system: You are a helpful assistant.
user:
Analyze the provided spectrum to determine if it is a **White Dwarf (WD)**.

A White Dwarf spectrum is defined by its **extreme purity** (due to gravitational settling) and/or **extreme pressure broadening** (due to high surface gravity). You must check for one of the following mutually exclusive signatures:

- **Key Visual Indicators (Check for ONE of these types):**

    - **1. DA-Type Signature (Most Common):**
        - **(Primary Feature):** Extreme pressure broadening (Stark broadening) of the **Hydrogen (H) Balmer lines**.
        - **(Key Lines):** $H\beta$ (approx. $4861$ Å) and $H\gamma$ (approx. $4340$ Å). $H\alpha$ (approx. $6563$ Å) will also be present if the wavelength range covers it.
        - **(Line Profile):** This is the **defining feature**. The lines are **NOT** sharp. They appear as massive, **extremely broad and deep "troughs" or "dips"** in the spectrum, often hundreds of Ångströms wide. The continuum will appear to "scoop" down at these wavelengths.
        - **(Distinction):** Normal A-type or B-type stars have *narrow* and *sharp* Hydrogen lines. A DA White Dwarf's lines are unmistakably "smeared" or "blurry" from pressure.

    - **2. DB-Type Signature:**
        - **(Primary Feature):** Broad absorption lines from **Neutral Helium (He I)**. The spectrum must lack any visible Hydrogen lines.
        - **(Key Lines):** Look for broad absorption near $4471$ Å, $4921$ Å, and $5876$ Å.
        - **(Line Profile):** These lines are also significantly pressure-broadened, appearing much wider than they would in a normal B-type main-sequence star.

    - **3. DC-Type Signature:**
        - **(Primary Feature):** A **featureless continuous spectrum**.
        - **(Line Profile):** The spectrum is a smooth curve with **no significant absorption or emission lines**.
        - **(Key Confirmation):** The continuum is almost always **blue or white**, indicating a hot object. This signature implies the atmosphere is so pure (or so cool) that no spectral lines are visible in the optical range. Its WD identity is confirmed by its extremely low intrinsic brightness (high absolute magnitude).

    - **4. DZ-Type Signature (Metal-Polluted):**
        - **(Primary Feature):** **Isolated, narrow metal absorption lines** on an otherwise featureless (DC-like) continuum.
        - **(Key Lines):** The **Calcium (Ca II) H & K doublet** (approx. **$3934$ Å** and **$3968$ Å**) is the most common and defining feature.
        - **(Line Profile):** These lines are "out of place." They are *not* part of a "forest" of thousands of lines. This signature is evidence of recent *accretion* (pollution) from rocky debris.
        - **(Distinction):** Normal G/K/M stars have a *dense forest* of thousands of metal lines. A DZ has a *clean* continuum with *only a few* strong metal lines.

    - **5. DQ-Type Signature (Carbon-Polluted):**
        - **(Primary Feature):** Absorption bands from **Carbon (C₂ "Swan Bands" or atomic C I)**.
        - **(Key Lines - C₂):** Look for bandheads with a "saw-tooth" shape near $5635$ Å, **$5165$ Å** (strongest), and $4737$ Å.
        - **(Key Confirmation):** The underlying **continuum must be blue or white** (hot).
        - **(Distinction):** This is the critical difference from a **Carbon Star**, which has the *exact same* C₂ bands but on an extremely **red, cool** continuum.

- **(Overall Spectrum):**
    - The continuum (overall shape) is typically **blue-sloping** (brighter in the blue than the red), as most white dwarfs are very hot.
    - The spectrum will look "pure" or "simple," dominated by only *one* of the five signatures listed above.

Think first, call **spectral_visualization_tool** if needed to examine features in detail, then provide your final answer. Your response must adhere to the following strict rules:
1.  **Overall Structure:** Your response must follow the format `<think>...</think> <tool_call>...</tool_call> (if a tool is used) <answer>...</answer>`.
2.  **Tool Usage Constraint:** You may only make **one** tool call per turn.
3.  **Final Answer Format:** In the `<answer>` tag, your conclusion must be inside a `\boxed{}` command (e.g., `\boxed{YES}` or `\boxed{NO}`), followed by your justification.

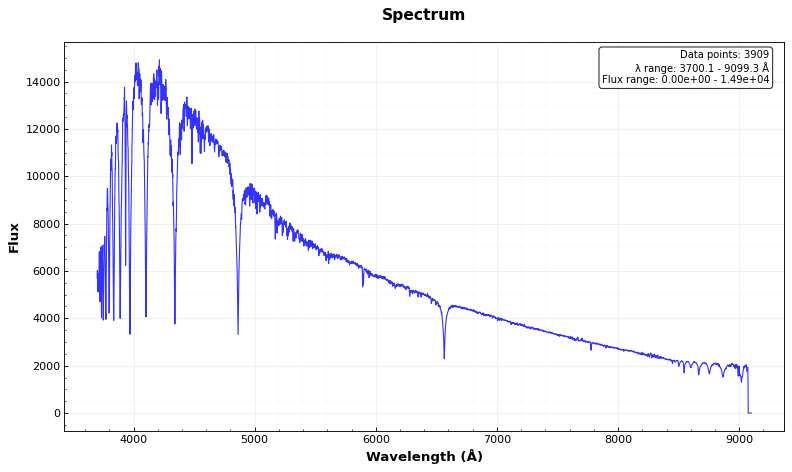
Answer: NO